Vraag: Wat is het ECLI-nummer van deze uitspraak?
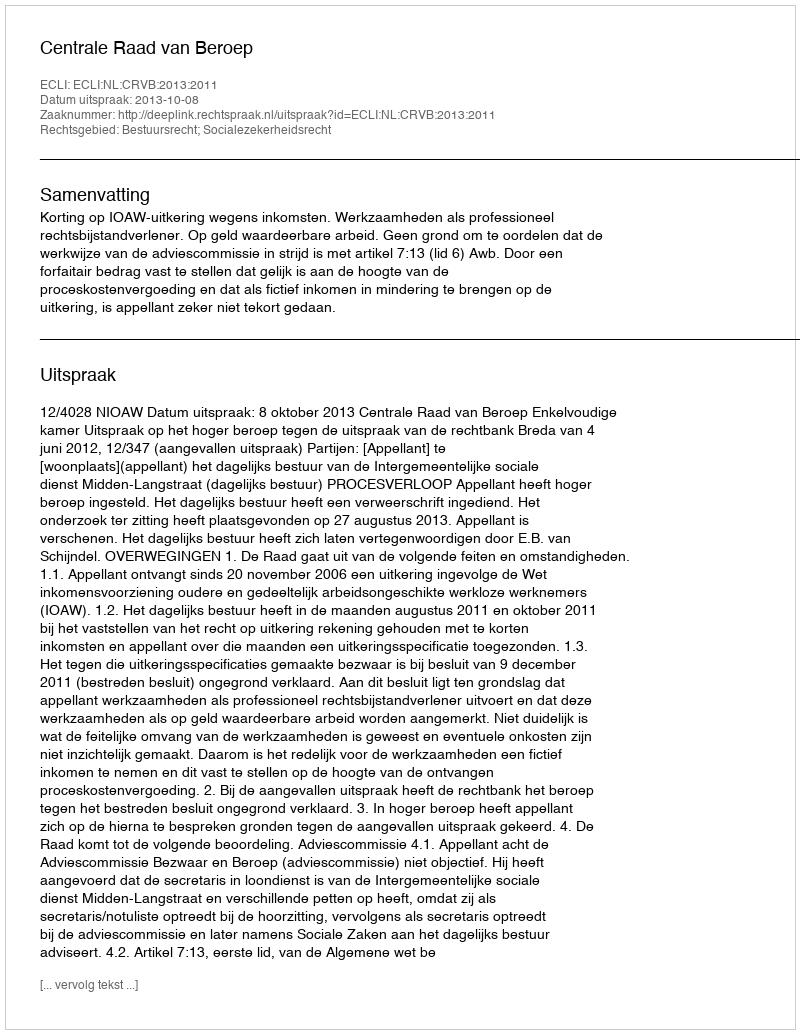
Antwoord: ECLI:NL:CRVB:2013:2011